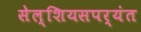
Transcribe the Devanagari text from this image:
सेल्शियसपर्यंत